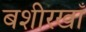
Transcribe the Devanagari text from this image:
बशीरखाँ